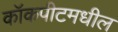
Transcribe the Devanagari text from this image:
कॉकपीटमधील